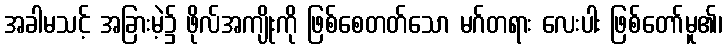
အခါမသင့် အခြားမဲ့၌ ဖိုလ်အကျိုးကို ဖြစ်စေတတ်သော မဂ်တရား လေးပါး ဖြစ်တော်မူ၏၊